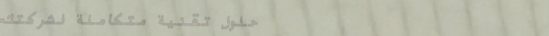
حلول تقنية متكاملة لشركتك